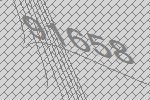
91658